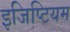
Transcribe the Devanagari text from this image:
इजिप्टियम